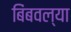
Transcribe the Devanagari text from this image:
बिंबवल्या